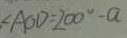
\angle A O D = 2 0 0 ^ { \circ } - a